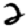
Digit: 2